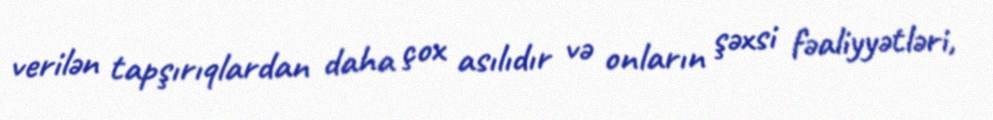
verilən tapşırıqlardan daha çox asılıdır və onların şəxsi fəaliyyətləri,